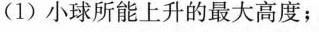
(1)小球所能上升的最大高度；